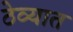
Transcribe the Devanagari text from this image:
ठेव्यात